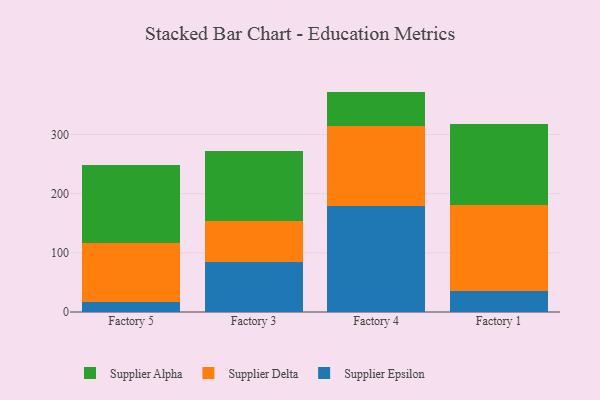
{"axis": {"x": "Factory", "y": "Energy Usage (MWh)"}, "legend": ["Supplier Alpha", "Supplier Delta", "Supplier Epsilon"], "data": [{"x": "Factory 5", "y": 17.3, "type": "Supplier Epsilon"}, {"x": "Factory 5", "y": 99.7, "type": "Supplier Delta"}, {"x": "Factory 5", "y": 131.9, "type": "Supplier Alpha"}, {"x": "Factory 3", "y": 84.5, "type": "Supplier Epsilon"}, {"x": "Factory 3", "y": 69.4, "type": "Supplier Delta"}, {"x": "Factory 3", "y": 118.5, "type": "Supplier Alpha"}, {"x": "Factory 4", "y": 179.3, "type": "Supplier Epsilon"}, {"x": "Factory 4", "y": 134.9, "type": "Supplier Delta"}, {"x": "Factory 4", "y": 58.4, "type": "Supplier Alpha"}, {"x": "Factory 1", "y": 35.5, "type": "Supplier Epsilon"}, {"x": "Factory 1", "y": 145.8, "type": "Supplier Delta"}, {"x": "Factory 1", "y": 136.5, "type": "Supplier Alpha"}]}